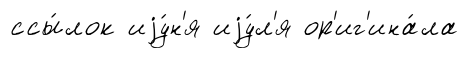
ссы́лок иjу́н'я иjу́л'я ор'иг'ина́ла